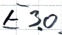
Text: E3.0